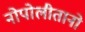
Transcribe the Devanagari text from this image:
नोपोलीतानो